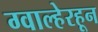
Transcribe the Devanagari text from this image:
ग्वाल्हेरहून